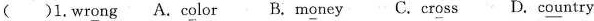
()1.wr\underline{o}ng A.c\underline{o}lor B.m\underline{o}ney C.cr\underline{o}ss D.c\underline{ou}ntry